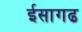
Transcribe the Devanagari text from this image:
ईसागढ